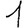
Digit: 1